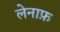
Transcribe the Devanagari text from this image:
लेनाफ़